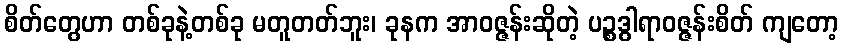
စိတ်တွေဟာ တစ်ခုနဲ့တစ်ခု မတူတတ်ဘူး၊ ခုနက အာဝဇ္ဇန်းဆိုတဲ့ ပဉ္စဒွါရာဝဇ္ဇန်းစိတ် ကျတော့